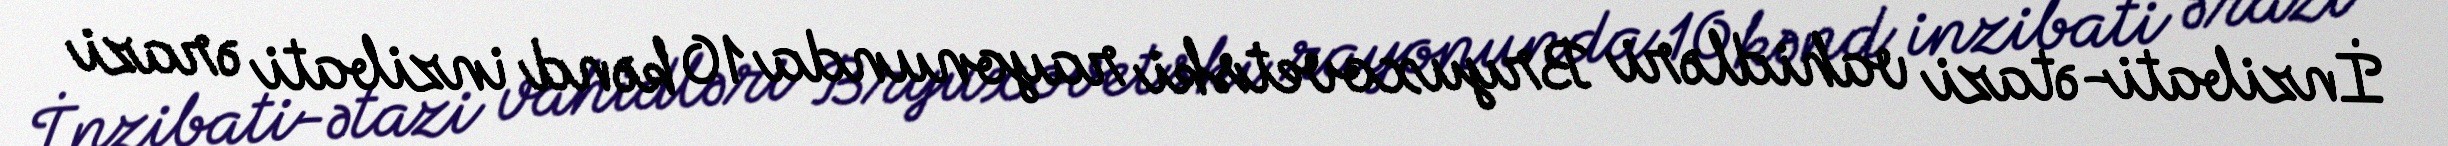
İnzibati-ətazi vahidləri Bryuxovetski rayonunda 10 kənd inzibati ərazi